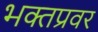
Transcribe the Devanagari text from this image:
भक्तप्रवर